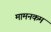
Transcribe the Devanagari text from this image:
मामनकम